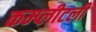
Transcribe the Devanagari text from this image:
कम्प्लीटली